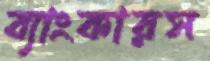
ব্যাংকারস